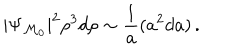
LaTeX: | \Psi _ { { \cal M } _ { 0 } } | ^ { 2 } \rho ^ { 3 } d \rho \sim { \frac { 1 } { a } } ( a ^ { 2 } d a ) \, .